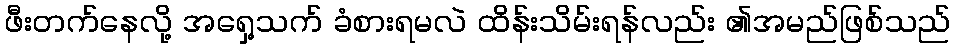
ဖီးတက်နေလို့ အရှေ့သက် ခံစားရမလဲ ထိန်းသိမ်းရန်လည်း ၏အမည်ဖြစ်သည်